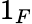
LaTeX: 1_{F}